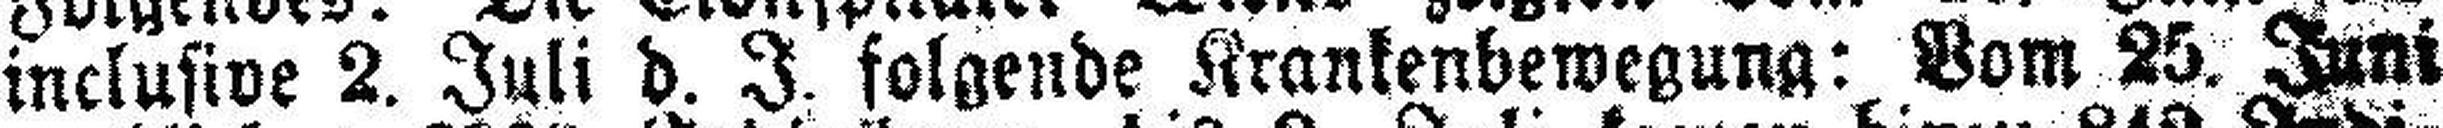
inclusive 2. Juli d. J. folgende Krankenbewegung: Vom 25. Juni